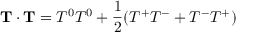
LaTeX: { \bf T } \cdot { \bf T } = T ^ { 0 } T ^ { 0 } + \frac { 1 } { 2 } ( T ^ { + } T ^ { - } + T ^ { - } T ^ { + } )